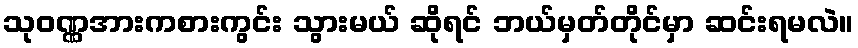
သုဝဏ္ဏအားကစားကွင်း သွားမယ် ဆိုရင် ဘယ်မှတ်တိုင်မှာ ဆင်းရမလဲ။